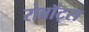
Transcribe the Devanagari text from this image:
रोबॉट्स